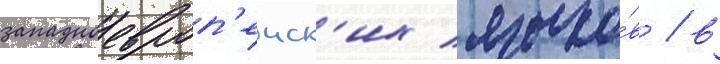
западноевроп'еиск'их языко́в / в